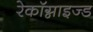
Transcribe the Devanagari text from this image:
रेकॉग्नाइज्ड